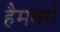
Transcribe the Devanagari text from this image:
हैमवर्ग